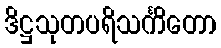
ဒိဋ္ဌသုတပရိသင်္ကိတော